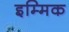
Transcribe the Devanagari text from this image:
इम्मिक